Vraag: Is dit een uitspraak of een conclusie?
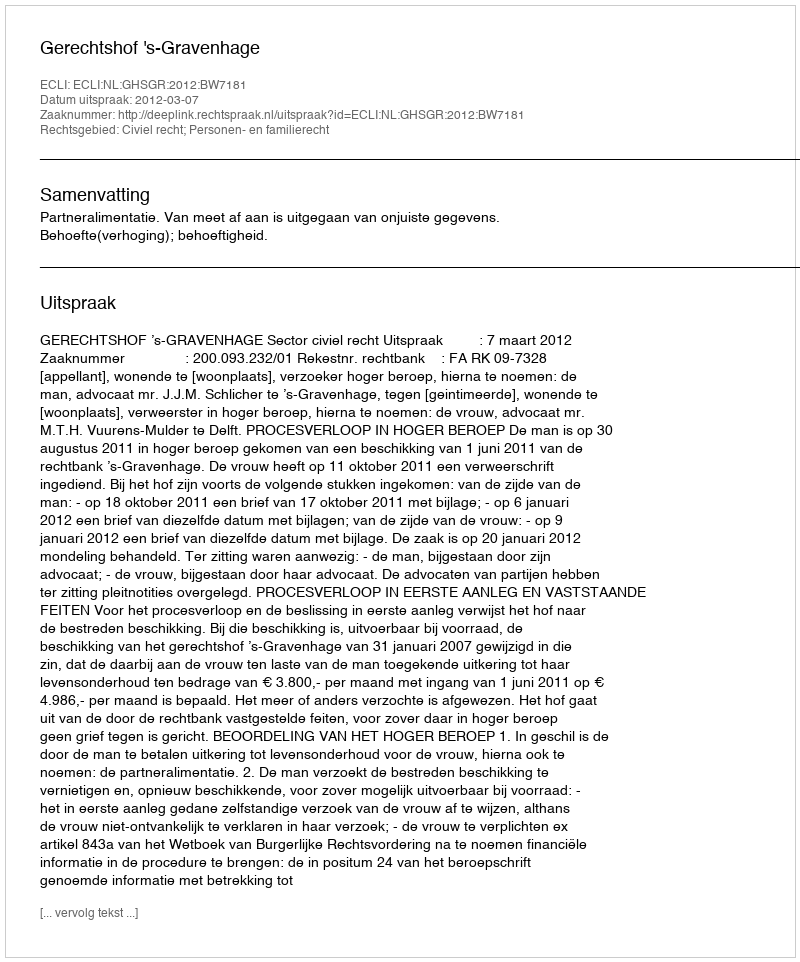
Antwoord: Uitspraak